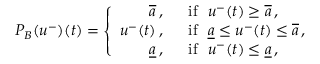
P _ { { \cal B } } ( u ^ { - } ) ( t ) = \left\{ \begin{array} { r l } { \overline { { a } } \, , } & { \ \ \mathrm { i f \ \ } u ^ { - } ( t ) \ge \overline { { a } } \, , } \\ { u ^ { - } ( t ) \, , } & { \ \ \mathrm { i f \ \ } \underline { { a } } \le u ^ { - } ( t ) \le \overline { { a } } \, , } \\ { \underline { { a } } \, , } & { \ \ \mathrm { i f \ \ } u ^ { - } ( t ) \le \underline { { a } } \, , } \end{array} \right.